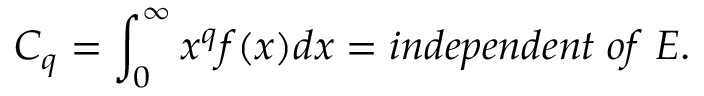
C _ { q } = \int _ { 0 } ^ { \infty } x ^ { q } f ( x ) d x = i n d e p e n d e n t \; o f \; E .